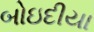
બોઇદીયા